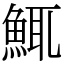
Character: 鮿